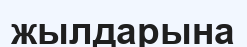
жылдарына